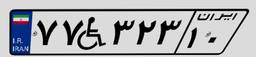
۷۷W۳۲۳۱۰